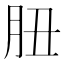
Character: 䏔